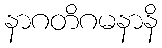
နာဂတိဂမနာနိ